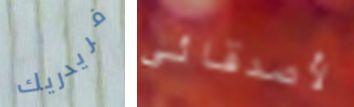
فريدريك لأصدقائي